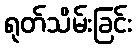
ရုတ်သိမ်းခြင်း